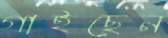
গাইছেন